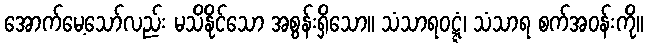
အောက်မေ့သော်လည်း မသိနိုင်သော အစွန်းရှိသော။ သံသာရဝဋ္ဋံ၊ သံသာရ စက်အဝန်းကို။